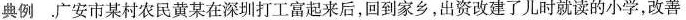
典例 .广安市某村农民黄某在深圳打工富起来后，回到家乡，出资改建了儿时就读的小学，改善